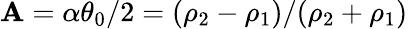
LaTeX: \mathbf{A}=\alpha\theta_{0}/2=(\rho_{2}-\rho_{1})/(\rho_{2}+\rho_{1})